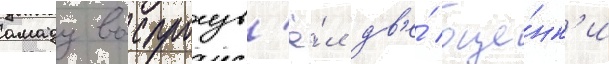
амаду воспроизв'ё́л дв'е́ оце́нк'и